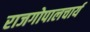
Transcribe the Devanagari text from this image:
राजगोपालचार्य